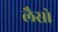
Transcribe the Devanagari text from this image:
लैसो